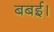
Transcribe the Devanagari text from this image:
बबई।